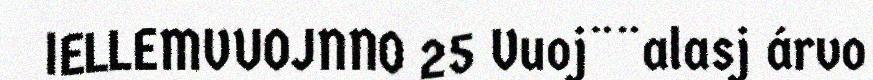
IELLEMVUOJNNO 25 Vuoj¨¨alasj árvo